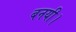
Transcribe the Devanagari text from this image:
बनयी।